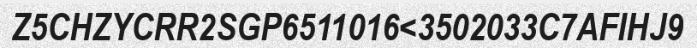
Z5CHZYCRR2SGP6511016<3502033C7AFIHJ9